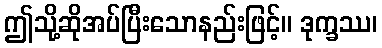
ဤသို့ဆိုအပ်ပြီးသောနည်းဖြင့်။ ဒုက္ခဿ၊